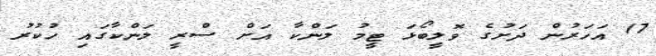
17 އަހަރުން ދަށުގެ ވޮލީބޯޅަ ޓީމު ލަންކާ އަށް ސްރީ ލަންކާގައި ހުކުރު